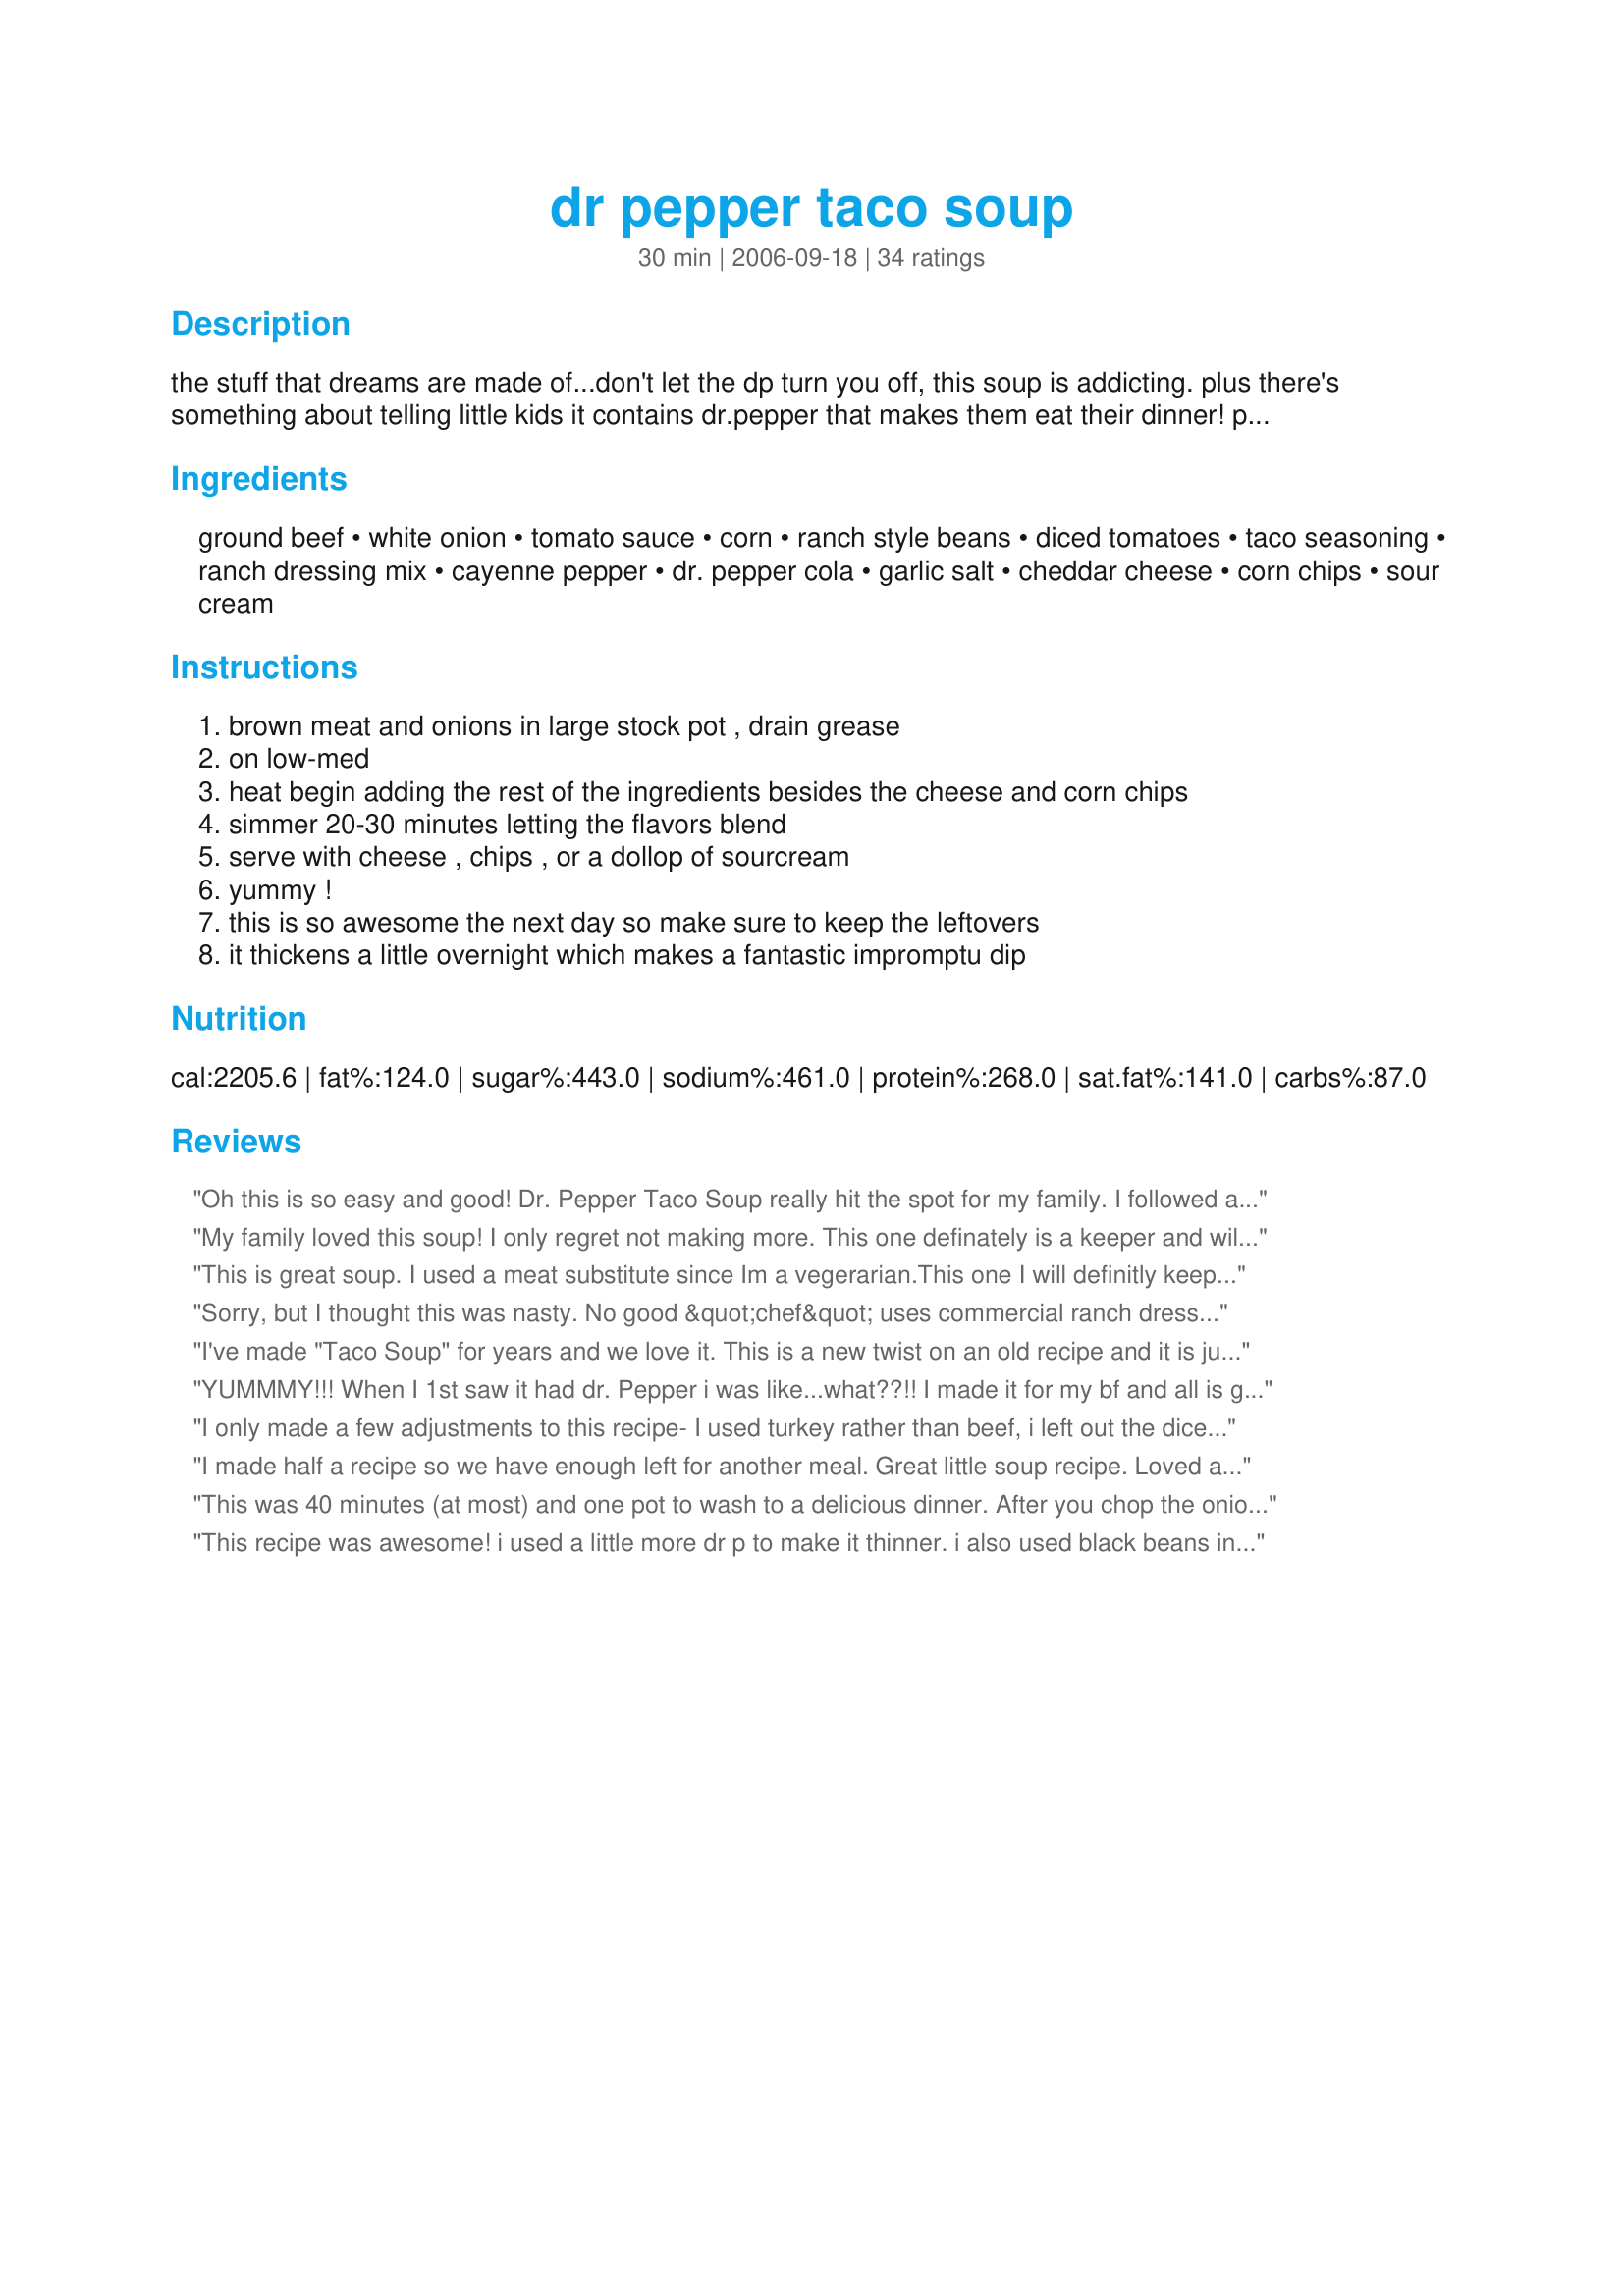
dr pepper taco soup
Preparation time: 30 minutes

the stuff that dreams are made of...don't let the dp turn you off, this soup is addicting. plus there's something about telling little kids it contains dr.pepper that makes them eat their dinner! plus it's so easy!

Ingredients:
ground beef, white onion, tomato sauce, corn, ranch style beans, diced tomatoes, taco seasoning, ranch dressing mix, cayenne pepper, dr. pepper cola, garlic salt, cheddar cheese, corn chips, sour cream

Steps:
brown meat and onions in large stock pot , drain grease, on low-med, heat begin adding the rest of the ingredients besides the cheese and corn chips, simmer 20-30 minutes letting the flavors blend, serve with cheese , chips , or a dollop of sourcream, yummy !, this is so awesome the next day so make sure to keep the leftovers, it thickens a little overnight which makes a fantastic impromptu dip

Reviews:
Oh this is so easy and good! Dr. Pepper Taco Soup really hit the spot for my family. I followed all of the directions with the exception of the onion, as I was without, but substituted with some onion powder. Thank you Grimm for sharing such an easy and yummy recipe!
My family loved this soup! I only regret not making more. This one definately is a keeper and will be served again!
This is great soup. I used a meat substitute since Im a vegerarian.This one I will definitly keep. thanks for sharing.
Sorry, but I thought this was nasty. No good &quot;chef&quot; uses commercial ranch dressing. Thank GOD she did not make it through on Food Network.
I've made "Taco Soup" for years and we love it. This is a new twist on an old recipe and it is just as good. Goes a long way, too.
YUMMMY!!! When I 1st saw it had dr. Pepper i was like...what??!! I made it for my bf and all is guy friends! They loved it! I changed it up a little bit and added mexican spicy sasuage,2 pds of turkey meat,a little bit of chx broth,fresh garlic,yellow peppers and 3 cups of noodles...and then everything mentioned in the recipe i used as well!oh and i put it in the croc pot for a few hrs. And holy how!! It made so much!! The next day...even better!! I will def maked this again!!
I only made a few adjustments to this recipe- I used turkey rather than beef, i left out the diced tomatos, and i used black beans instead of ranch beans (couldn't find them). This was a very simple recipe to throw together, and the taste was more than worth the effort. I was a little disappointed b/c even with part of a jalpeno thrown in, there wasn't much heat, but that's personal preference and I can adjust that the next time (there will definitely BE a next time!). The first night, the consistency was that of soup (as the name implies) but on day 2 it was like chili...I didn't notice a whole lot of difference in taste from day 1 to 2 like some people did, but it was still delicious. Thank you for a tasty, not too unhealthy, recipe.
I made half a recipe so we have enough left for another meal. Great little soup recipe. Loved all the flavors. Served with green onion, sour cream and scoops.
This was 40 minutes (at most) and one pot to wash to a delicious dinner. After you chop the onion, all you do is dump in this, dump in that, dump, dump, dump. I loved that! Used all the garnishes, of course. Will do this again & again.
This recipe was awesome! i used a little more dr p to make it thinner. i also used black beans instead of ranch beans! wal mart didn't have ranch beans! a friend of mine put this on top of doritos and topped with cheese! amazing!
I LOVE this taco soup!!! I used the black beans as someone suggested. I also watched and adjusted the tomato sauce that I added so that my soup would be a bit thicker. The first time I served this I served it with rice and cornbread. As everyone says this is so much better the next day! I even put some over tortilla chips with cheese and was so impressed! I am not a dr.pepper fan, but this doesn't even taste like its in there! Great recipe! Even the BF loved it, and he is a VERY picky eater!
Well, I made it just as the instructions said, only omitting the cayenne pepper, and I LOVED it, but the rest of my family (wimps lol) thought it was too spicy ? I can't figure out what made it too spicy. I still will make this again and maybe use less of the taco seasoning? I dunno, but I loved iti!!
I thought this had good flavor. I did make a couple of changes though. I used 2 small (8oz) cans of tomato sauce instead of 1 (14 1/2 oz) cans. I also used minced garlic instead of garlic salt. I also used an entire can of Dr. Pepper. It was just spicy enough for my children, but my husband and I garnished ours with chopped jalapenos. Thanks!
This soup was fantastic!! My husband just made it for dinner and he can't wait to try it leftover tomorrow.
thanks for the recipe.
Great soup! Much better than other taco soupl I've made before. I used 1 lb beef, 1 can tomato sauce, pinto beans in place of ranch beans and used a can of tomatoes w/jalapenos. I also used fresh garlic in place of the garlic salt. I added some extra water and used what was left of a 20 oz dr. pepper. Thanks for posting; will make again.
Well done its the best soop ive tryed :D thanks
This was delicious. I served this with sour cream, cheddar cheese, green onions and corn chips. We loved this recipe. The only thing different I will do next time is double the recipe. Thank you for sharing with us.
Very good and easy to make. I followed the recipe as written other then I didn't have Dr. Pepper so I used Pepsi. I also used black beans instead of ranch beans (actually I'm not sure what ranch beans are). I didn't add the cayenne pepper and used garlic powder instead of garlic salt as I misread the recipe. I must agree that it was even better the next day. I will be making again.
This is very good, and it makes a good amount, which is great for my big family. I prepared it according to directions with the exception of reducing the taco seasoning a bit due to some of my children having sore throats this week. It's thicker than a soup; my DH called it a chili. I suppose that is a better definition than stew - though Rachel Ray would call it a stoup. At any rate, my children really liked it, and they don't like chili much. There was none left after dinner. I'll be making this regularly. Oh, my daughter wants hers on lettuce and such next time for a "taco salad", sounded good to me too.
AWESOME Soup!!!!!!!!! I made a double batch and enjoyed every drop of it. Even better the second day....A+++++++++++
OMG! One of the best soups I have ever tasted. Made just as the recipe said. Only I used oz can of Dr Pepper. Will DEF make again! :)
So yummy! The Dr. Pepper adds another level of flavor that you don't get with other Taco Soups.
Made this just as recipe said. I liked it, but the Ranch flavor was a little heavy.
This was very good, lot of flavor going on but not too spicy. I used an 8 ounce can on Dr. Pepper and served this with Fritos scoops.
I have made this several times and it is alwasy a hit thanks for posting this recipe
This soup was good but sweet. That was my fault though. I put 20 oz of Dr. Pepper by accident. I think next time I will use diet Dr. Pepper. I also used a hot taco soup packet, some cumin, pepper, and chili powder. No cayanne pepper. Next time I will also put zucchinni. That's what I usually put in my other taco soup and it is so good.
I made this incredibly easy soup the other night for the first time . . . and to quote my teenagers "This stuff is the BOMB!" (Which, for those of you who don't have teenagers -- that means it's really, really good!) I did everything just like the recipe, but i added more Dr. Pepper. We wanted it more 'soup-y' than 'stew-y'. I'm sure i'll be making this one again and again.
WOW! This will replace my other taco soup recipe. I only did a couple of things differently, and that was to sub the diced tomatoes with Rotel and increase the D.P. to the full 12oz can. As hard as it was to do, I parted with some of it to give to my neighbors. They as well loved it but commented that it was more like a chili. Thanks for the recipe!
This was wonderful! I used ground chicken, diet coke, and black beans instead. This soup is a "keeper."
This is a delicious soup! I found this recipe and gave it to my husband to make and it was great. I checked it and thought it was a bit too thick for soup so I added a cup of chicken broth.
this soupd is amazing..i did make some changes though..i used the black beans instead of the ranch beans..i used a can of rotel instead of the diced tomatoes and left out the cayenne pepper..i didnt have the ranch powder so i took few turns around the crock pot with ranch dressing..i also used http://www.recipezaar.com/Taco-Seasoning-Mix-2642 for my taco seasoning and it turned out amazing!! couple hours in the crock pot made for a SUPER easy dinner..cant wait to try the left overs tomorrow!!
This was a HUGE pot of soup when I finished it on Sunday. The only thing I added was a can of sliced black olives.

It was a hit and there were plenty of leftovers for the next day.

THANKS GRT for posting this different recipe for Taco Soup.
I used this recipe as more of a guideline. I used the listed ingredients except I used 1 lb of hamberger, 1 can of the tom sauce, added a can of kidney beans, rotel tomatoes & mexicorn. Simmered for an hour and I added 2-3 cups of cooked macaroni at the end. Topped with cheese and sour cream. It made a ranch flavored chili mac that I topped with cheese and sour cream. I am giving this recipe a 5 star rating because I am sure it would have been wonderful if I had followed the recipe. Next time I think I will also try it using chili seasonings instead of taco seasonings. But this is excellent and I think the ranch really adds something special!
This was pretty good. I think next time I would only use one can of tomato sauce and add beef broth instead. Otherwise, everyone enjoyed it. I served with Blue Taco chips (photo). Thanks!!
